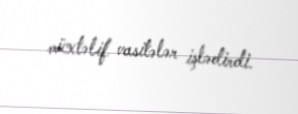
müxtəlif vasitələr işlədirdi.